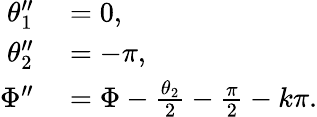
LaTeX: \begin{array}{rl}{\theta_{1}^{\prime\prime}}&{{}=0,}\\ {\theta_{2}^{\prime\prime}}&{{}=-\pi,}\\ {\Phi^{\prime\prime}}&{{}=\Phi-\frac{\theta_{2}}{2}-\frac{\pi}{2}-k\pi.}\end{array}